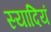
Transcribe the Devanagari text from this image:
स्यादियं